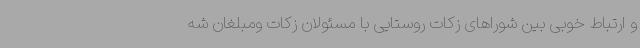
و ارتباط خوبی بین شوراهای زکات روستایی با مسئولان زکات ومبلغان شه